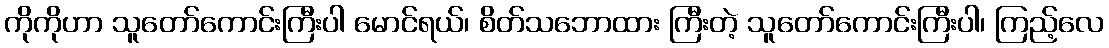
ကိုကိုဟာ သူတော်ကောင်းကြီးပါ မောင်ရယ်၊ စိတ်သဘောထား ကြီးတဲ့ သူတော်ကောင်းကြီးပါ၊ ကြည့်လေ